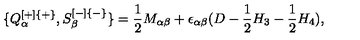
\{ Q _ { \alpha } ^ { [ + ] \{ + \} } , S _ { \beta } ^ { [ - ] \{ - \} } \} = { \frac { 1 } { 2 } } M _ { \alpha \beta } + \epsilon _ { \alpha \beta } ( D - { \frac { 1 } { 2 } } H _ { 3 } - { \frac { 1 } { 2 } } H _ { 4 } ) ,